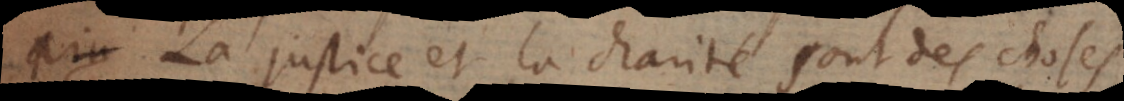
aim La justice et la charité sont des choses